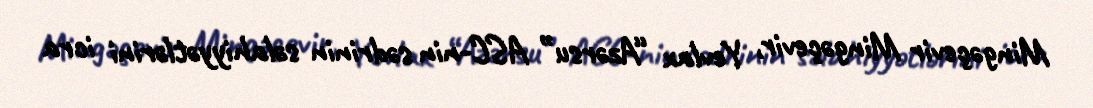
Mingəçevir Mingəçevir, Yevlax “Azərsu” ASC-nin sədrinin səlahiyyətlərini icra